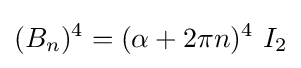
(B_{n})^{4}=(\alpha +2\pi n)^{4}~I_{2}